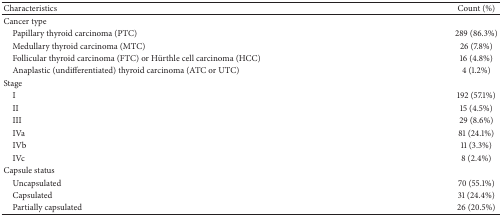
<table><thead><tr><td><b>Characteristics</b></td><td><b>Count (%)</b></td></tr></thead><tbody><tr><td>Cancer type</td><td> </td></tr><tr><td> Papillary thyroid carcinoma (PTC) </td><td>289 (86.3%)</td></tr><tr><td> Medullary thyroid carcinoma (MTC)</td><td>26 (7.8%)</td></tr><tr><td> Follicular thyroid carcinoma (FTC) or Hürthle cell carcinoma (HCC)</td><td>16 (4.8%)</td></tr><tr><td> Anaplastic (undifferentiated) thyroid carcinoma (ATC or UTC)</td><td>4 (1.2%)</td></tr><tr><td>Stage</td><td> </td></tr><tr><td> I</td><td>192 (57.1%)</td></tr><tr><td> II</td><td>15 (4.5%)</td></tr><tr><td> III</td><td>29 (8.6%)</td></tr><tr><td> IVa</td><td>81 (24.1%)</td></tr><tr><td> IVb</td><td>11 (3.3%)</td></tr><tr><td> IVc</td><td>8 (2.4%)</td></tr><tr><td>Capsule status</td><td> </td></tr><tr><td> Uncapsulated</td><td>70 (55.1%)</td></tr><tr><td> Capsulated</td><td>31 (24.4%)</td></tr><tr><td> Partially capsulated</td><td>26 (20.5%)</td></tr></tbody></table>